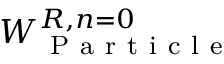
W _ { \mathrm { ~ P ~ a ~ r ~ t ~ i ~ c ~ l ~ e ~ } } ^ { R , n = 0 }